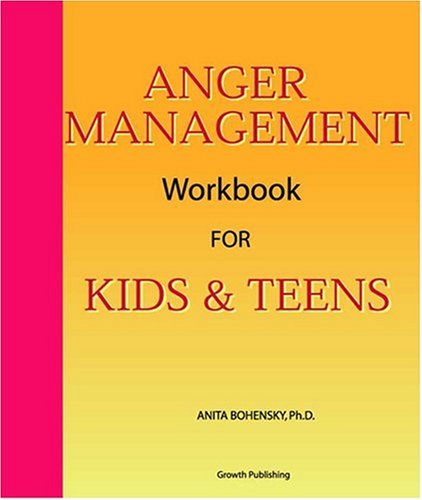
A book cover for Anger Management Workbook for Kids and Teens; Anita Bohensky; Teen & Young Adult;